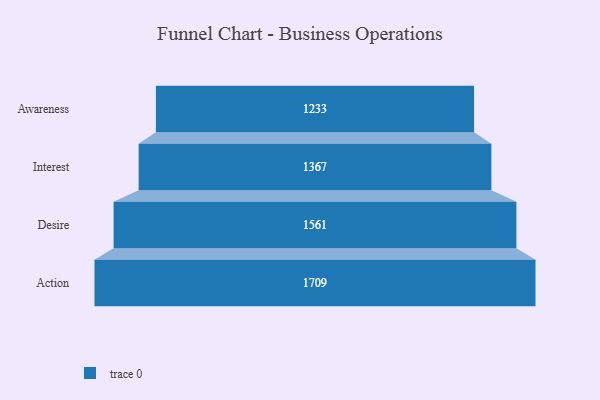
{"axis": {"x": "Stage", "y": "Value"}, "legend": [""], "data": [{"x": "Awareness", "y": 1233.0, "type": ""}, {"x": "Interest", "y": 1367.0, "type": ""}, {"x": "Desire", "y": 1561.0, "type": ""}, {"x": "Action", "y": 1709.0, "type": ""}]}